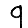
Digit: 9